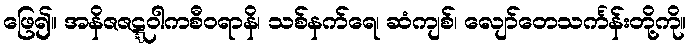
ဖြေ၍။ အနိဇဇဋ္ဋဝါကစီဝရာနိ၊ သစ်နက်ရေ၊ ဆံကျစ်၊ လျော်တေသင်္ကန်းတို့ကို။